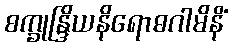
စက္ခုန္ဒြိယနိရောဓဂါမိနိံ